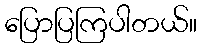
ပြောပြကြပါတယ်။